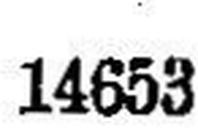
14653